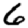
Digit: 6